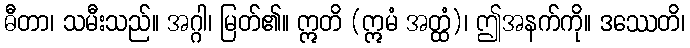
ဓီတာ၊ သမီးသည်။ အဂ္ဂါ၊ မြတ်၏။ ဣတိ (ဣမံ အတ္ထံ)၊ ဤအနက်ကို။ ဒဿေတိ၊